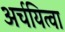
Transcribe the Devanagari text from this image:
अर्चयित्वा